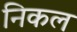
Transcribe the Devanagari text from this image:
निकल